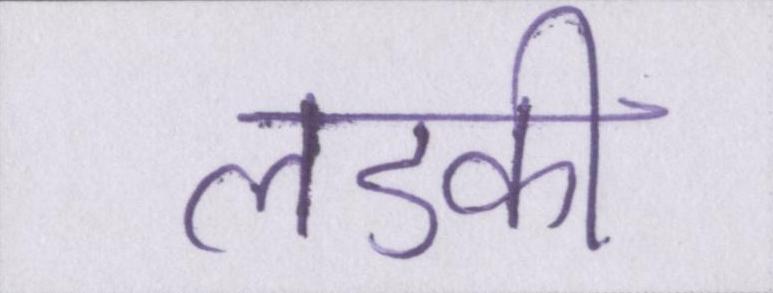
लडकी